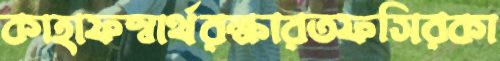
কাহাফস্বার্থরক্ষারতফসিরকা